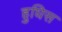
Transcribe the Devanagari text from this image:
हुघिस